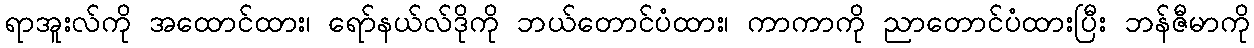
ရာအူးလ်ကို အထောင်ထား၊ ရော်နယ်လ်ဒိုကို ဘယ်တောင်ပံထား၊ ကာကာကို ညာတောင်ပံထားပြီး ဘန်ဇီမာကို